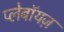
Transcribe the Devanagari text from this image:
प्लेबॉयज़